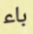
باء